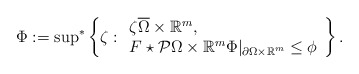
\begin{align*}\Phi:= {\sup}^*\left\{\zeta: \begin{array}{l} \zeta \overline{\Omega}\times \mathbb R^m, \\F\star \mathcal P\Omega\times \mathbb R^m \Phi|_{\partial \Omega\times \mathbb R^m} \le \phi\end{array}\right\}.\end{align*}